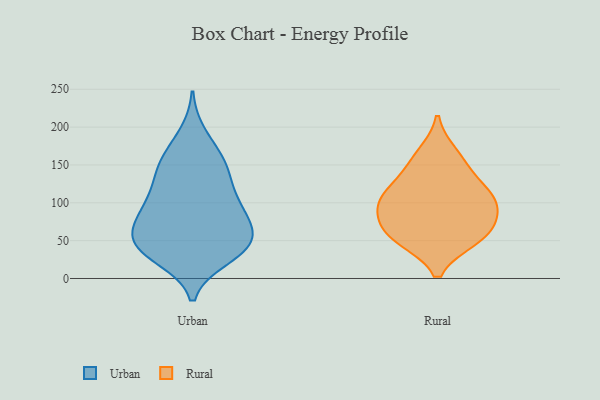
{"axis": {"x": "Net Income (USD K)", "y": "Value"}, "legend": ["Rural", "Urban"], "data": [{"x": "", "y": 34, "type": "Urban"}, {"x": "", "y": 156, "type": "Urban"}, {"x": "", "y": 28, "type": "Urban"}, {"x": "", "y": 49, "type": "Urban"}, {"x": "", "y": 89, "type": "Urban"}, {"x": "", "y": 53, "type": "Urban"}, {"x": "", "y": 126, "type": "Urban"}, {"x": "", "y": 55, "type": "Urban"}, {"x": "", "y": 154, "type": "Urban"}, {"x": "", "y": 158, "type": "Urban"}, {"x": "", "y": 93, "type": "Urban"}, {"x": "", "y": 190, "type": "Urban"}, {"x": "", "y": 36, "type": "Urban"}, {"x": "", "y": 90, "type": "Urban"}, {"x": "", "y": 47, "type": "Urban"}, {"x": "", "y": 132, "type": "Urban"}, {"x": "", "y": 113, "type": "Urban"}, {"x": "", "y": 77, "type": "Urban"}, {"x": "", "y": 40, "type": "Urban"}, {"x": "", "y": 77, "type": "Urban"}, {"x": "", "y": 165, "type": "Rural"}, {"x": "", "y": 122, "type": "Rural"}, {"x": "", "y": 108, "type": "Rural"}, {"x": "", "y": 148, "type": "Rural"}, {"x": "", "y": 94, "type": "Rural"}, {"x": "", "y": 71, "type": "Rural"}, {"x": "", "y": 107, "type": "Rural"}, {"x": "", "y": 52, "type": "Rural"}, {"x": "", "y": 91, "type": "Rural"}, {"x": "", "y": 52, "type": "Rural"}, {"x": "", "y": 59, "type": "Rural"}]}